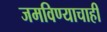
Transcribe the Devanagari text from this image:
जमविण्याचाही